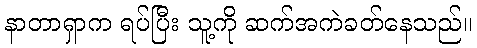
နာတာရှာက ရပ်ပြီး သူ့ကို ဆက်အကဲခတ်နေသည်။